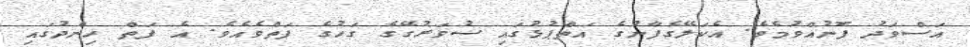
އަސްވަދު ފޮނުއްވުމެވެ. އެކަލޭގެފާނުގެ އަތްޕުޅުގައި ސުވަރުގޭގެ ގަހުގެ ފަތްވެއެވެ. އެ ފަތް ހިންދުގައި